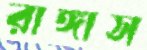
রাঙ্গাস